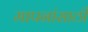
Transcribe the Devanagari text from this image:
मापनांसाठी